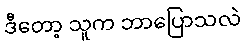
ဒီတော့ သူက ဘာပြောသလဲ